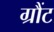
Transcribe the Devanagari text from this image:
ग्रौंट